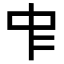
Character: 𠁦